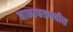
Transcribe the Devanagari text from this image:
नानाफडनवीस